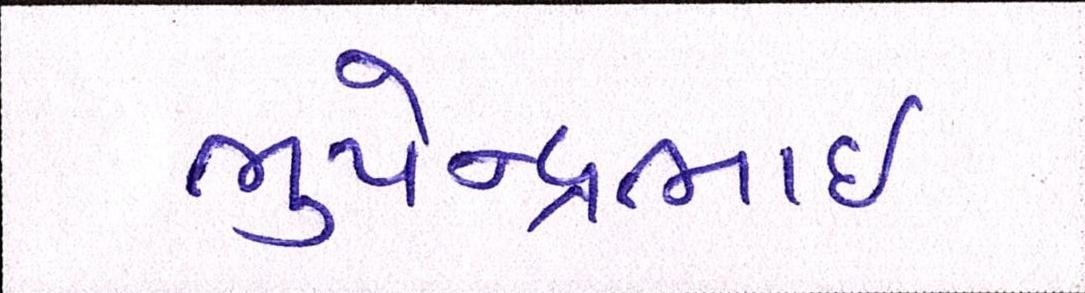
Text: ભુપેન્દ્રભાઇ